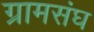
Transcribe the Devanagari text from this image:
ग्रामसंघ